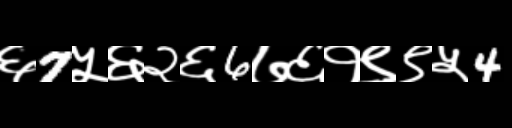
Text: ६7५६२६6७६१९९५4